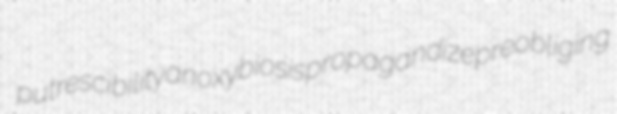
putrescibility anoxybiosis propagandize preobliging